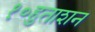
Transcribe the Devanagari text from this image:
१०हुताशन